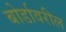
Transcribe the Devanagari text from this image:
बोर्डावरील